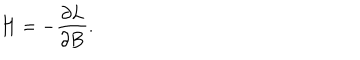
\mathbf { H } = - \frac { \partial L } { \partial \mathbf { B } } .